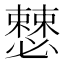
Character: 𰒝